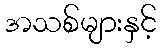
အသစ်များနှင့်